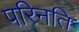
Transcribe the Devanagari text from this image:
परिनति